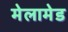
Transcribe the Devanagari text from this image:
मेलामेड